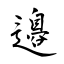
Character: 邉